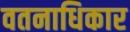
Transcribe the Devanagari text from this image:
वतनाधिकार